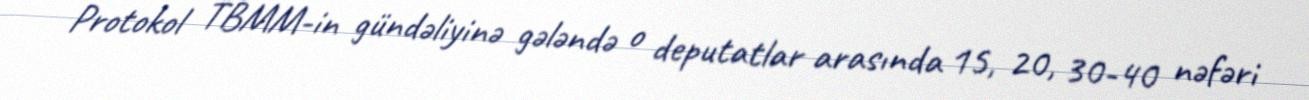
Protokol TBMM-in gündəliyinə gələndə o deputatlar arasında 15, 20, 30-40 nəfəri